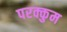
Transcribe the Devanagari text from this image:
परक्कुम